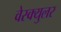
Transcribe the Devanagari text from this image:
वेस्क्युलर